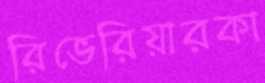
রিভেরিয়ারকা